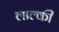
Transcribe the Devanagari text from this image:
लाल्की